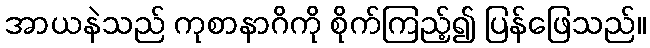
အာယနဲသည် ကုစာနာဂိကို စိုက်ကြည့်၍ ပြန်ဖြေသည်။